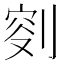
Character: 𠝠